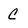
Character: C